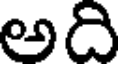
అది